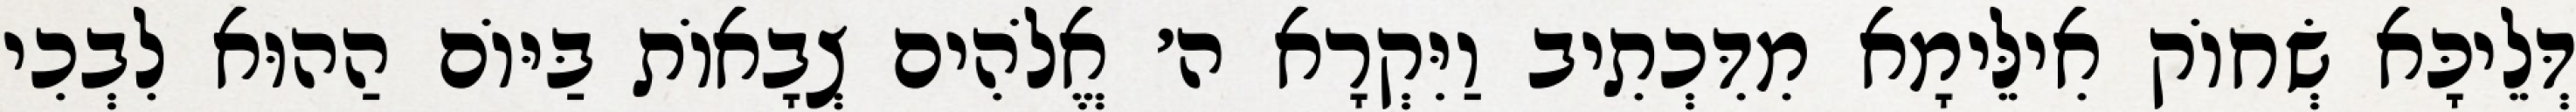
דְּלֵיכָּא שְׂחוֹק אִילֵּימָא מִדִּכְתִיב וַיִּקְרָא ה׳ אֱלֹהִים צְבָאוֹת בַּיּוֹם הַהוּא לִבְכִי